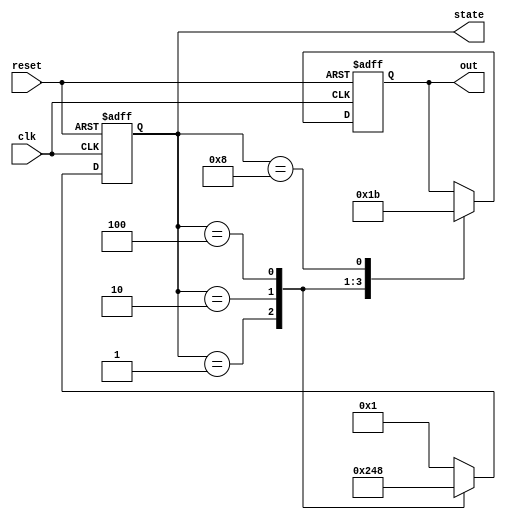
`timescale 1ns / 1ps
//////////////////////////////////////////////////////////////////////////////////
// Company: 
// 
// Design Name: One-HOT Finite State Machine
// Module Name: one_hot_fsm
// Project Name: 
// Target Devices: 
// Tool Versions: 
// Description: 
// 
// Dependencies: 
// 
// Revision:
// Revision 0.01 - File Created
// Additional Comments:
// 
//////////////////////////////////////////////////////////////////////////////////


module one_hot_fsm(
  input clk, reset,
  output reg [3:0] state,
  output reg [1:0]out);

parameter [3:0] IDLE = 4'b0001,
                STATE1 = 4'b0010,
                STATE2 = 4'b0100,
                STATE3 = 4'b1000;

always @(posedge clk, posedge reset) begin
  if (reset) 
    begin
        state <= IDLE;
        out<= 2'b00;
    end 
    
  else 
    begin
    
    case(state)
    
      IDLE: begin
        out<= 2'b00;
        state <= STATE1;
      end
      
      STATE1: begin
        out<= 2'b01;
        state <= STATE2;
      end
      
      STATE2: begin
        out<= 2'b10;
        state <= STATE3;
      end
      
      STATE3: begin
        out<= 2'b11;
        state <= IDLE;
      end
      
      default: state <= IDLE;
      
    endcase
  end
end
endmodule